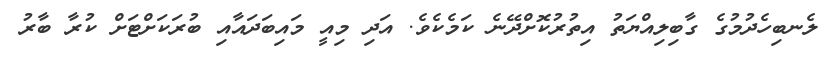
ލެނބިހެދުމުގެ ގާބިލިއްޔަތު އިތުރުކޮށްދޭނެ ކަމެކެވެ. އަދި މިއީ މައިބަދައާއި ބުރަކަށްޓަށް ކުރާ ބާރު